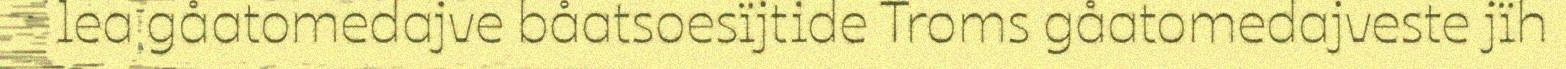
lea gåatomedajve båatsoesïjtide Troms gåatomedajveste jïh